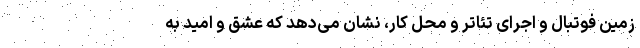
زمین فوتبال و اجرای تئاتر و محل کار، نشان می‌دهد که عشق و امید به